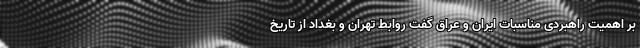
بر اهمیت راهبردی مناسبات ایران و عراق گفت روابط تهران و بغداد از تاریخ